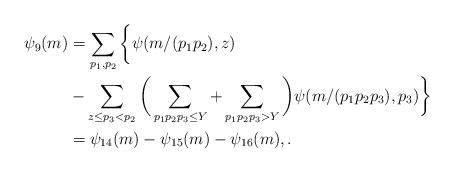
LaTeX: \begin{align*} \psi_9(m) &= \sum_{p_1, p_2} \bigg\{ \psi(m/(p_1p_2),z) \\ &- \sum_{z \le p_3 < p_2} \bigg( \sum_{p_1p_2p_3 \le Y} + \sum_{p_1p_2p_3 > Y} \bigg) \psi(m/(p_1p_2p_3), p_3) \bigg\} \\ &= \psi_{14}(m) - \psi_{15}(m) - \psi_{16}(m), . \end{align*}